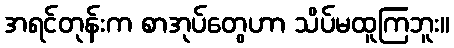
အရင်တုန်းက စာအုပ်တွေဟာ သိပ်မထူကြဘူး။